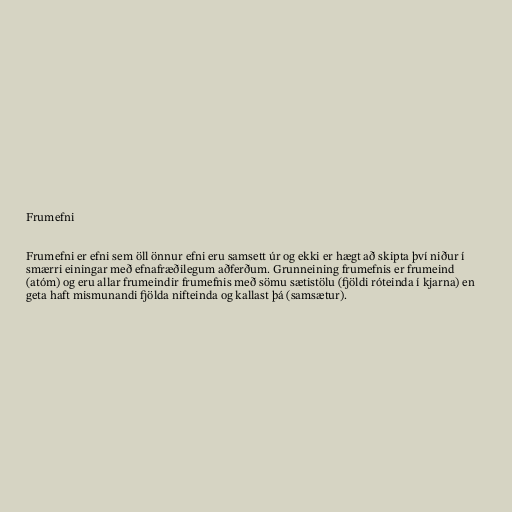
Frumefni

Frumefni er efni sem öll önnur efni eru samsett úr og ekki er hægt að skipta því niður í
smærri einingar með efnafræðilegum aðferðum. Grunneining frumefnis er frumeind
(atóm) og eru allar frumeindir frumefnis með sömu sætistölu (fjöldi róteinda í kjarna) en
geta haft mismunandi fjölda nifteinda og kallast þá (samsætur).